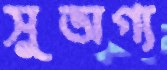
সুভাগ্য